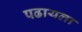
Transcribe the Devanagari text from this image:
पढायला